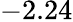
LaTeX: -2.24